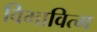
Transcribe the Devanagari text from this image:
विभावित्म